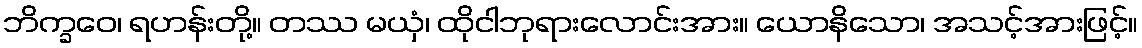
ဘိက္ခဝေ၊ ရဟန်းတို့။ တဿ မယှံ၊ ထိုငါဘုရားလောင်းအား။ ယောနိသော၊ အသင့်အားဖြင့်။